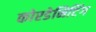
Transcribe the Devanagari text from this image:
कोरडेनिटिंग